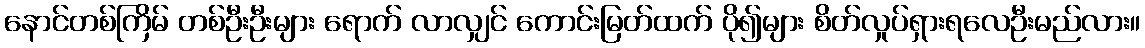
နောင်တစ်ကြိမ် တစ်ဦးဦးများ ရောက် လာလျှင် ကောင်းမြတ်ထက် ပို၍များ စိတ်လှုပ်ရှားရလေဦးမည်လား။